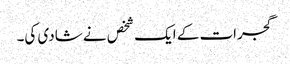
گجرات کے ایک شخص نے شادی کی۔